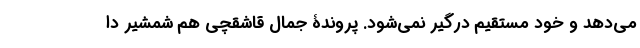
می‌دهد و خود مستقیم درگیر نمی‌شود. پروندۀ جمال قاشقچی هم شمشیر دا